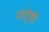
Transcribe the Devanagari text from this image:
नातूंची